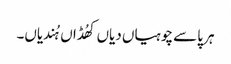
ہر پاسے چوہیاں دیاں کھُڈاں ہُندیاں۔